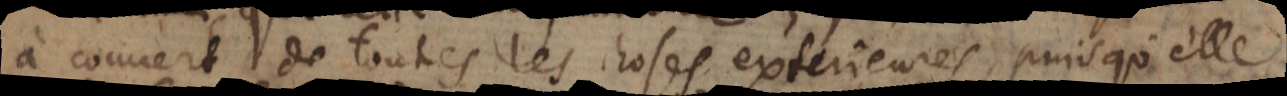
à couvert de toutes les choses exterieures, puisqu’ell